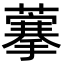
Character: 藆